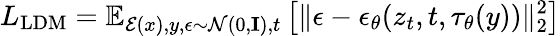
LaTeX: L_{\mathrm{LDM}}=\mathbb{E}_{\mathcal{E}(x),y,\epsilon\sim\mathcal{N}(0,\mathbf{I}),t}\left[\Vert\epsilon-\epsilon_{\theta}(z_{t},t,\tau_{\theta}(y))\Vert_{2}^{2}\right]